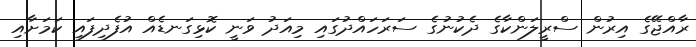
ރާއްޖޭގެ އިރުން ސްރީލަންކާގެ ދެކުނުގެ ސަރަހައްދުގައި މިއަދު ވަނީ ކޮޅިގަނޑެއް އުފެދިފައި ކަމަށާއި